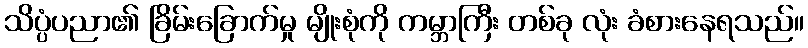
သိပ္ပံပညာ၏ ခြိမ်းခြောက်မှု မျိုးစုံကို ကမ္ဘာကြီး တစ်ခု လုံး ခံစားနေရသည်။